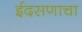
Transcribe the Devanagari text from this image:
ईदसणाचा